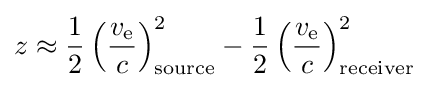
z\approx {\frac {1}{2}}\left({\frac {v_{\text{e}}}{c}}\right)_{\text{source}}^{2}-{\frac {1}{2}}\left({\frac {v_{\text{e}}}{c}}\right)_{\text{receiver}}^{2}